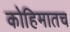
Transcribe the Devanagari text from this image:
कोहिमातच